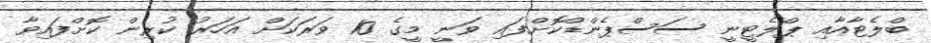
ބްލެޓާއާއި ޕްލެޓީނީ ސަސްޕެންޑްކޮށްފައި ވަނީ މީގެ 10 ވަރަކަށް އަހަރު ކުރިން ކޮށްފައިވާ